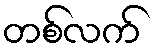
တစ်လက်